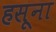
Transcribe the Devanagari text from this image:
हसूना